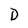
Character: D